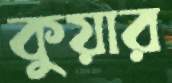
কুয়ার